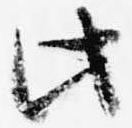
此